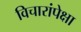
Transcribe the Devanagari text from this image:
विचारांपेक्षा